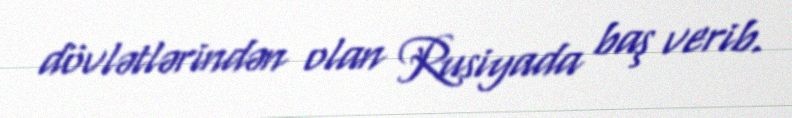
dövlətlərindən olan Rusiyada baş verib.